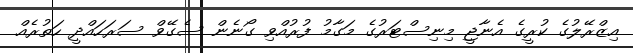
އިޒްރޭލުގެ ކުރީގެ އެނާޖީ މިނިސްޓަރުގެ މަގާމު ފުރުއްވި ގޯނެން ސެގޭވް ސަރަހައްދީ ހަތުރެއް